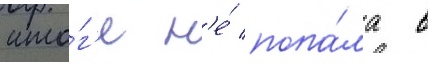
ито́г'е н'е́ попа́ла в